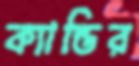
ক্যান্ডির